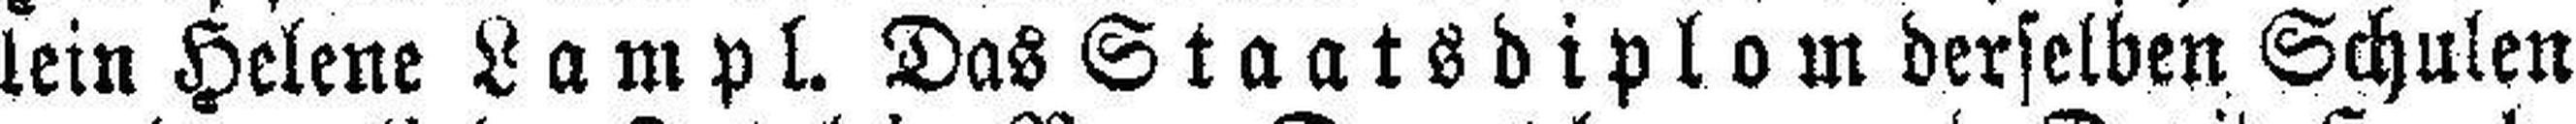
lein Helene Lampl. Das Staatsdiplom derselben Schulen